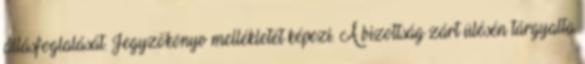
állásfoglalását. Jegyzőkönyv mellékletét képezi. A bizottság zárt ülésén tárgyalta